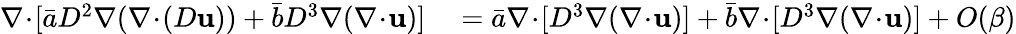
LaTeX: \begin{array}{rl}{\nabla\! \cdot\! [\bar{a}D^{2}\nabla(\nabla\! \cdot\! (D\mathbf{u}))+\bar{b}D^{3}\nabla(\nabla\! \cdot\! \mathbf{u})]}&{{}=\bar{a}\nabla\! \cdot\! [D^{3}\nabla(\nabla\! \cdot\! \mathbf{u})]+\bar{b}\nabla\! \cdot\! [D^{3}\nabla(\nabla\! \cdot\! \mathbf{u})]+O(\beta)}\end{array}